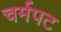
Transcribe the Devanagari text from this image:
चर्मपट